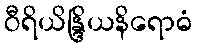
ဝီရိယိန္ဒြိယနိရောဓံ